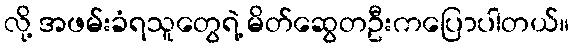
လို့ အဖမ်းခံရသူတွေရဲ့ မိတ်ဆွေတဦးကပြောပါတယ်။